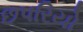
છપરિયો